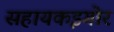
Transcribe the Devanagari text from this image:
सहायकइगोर